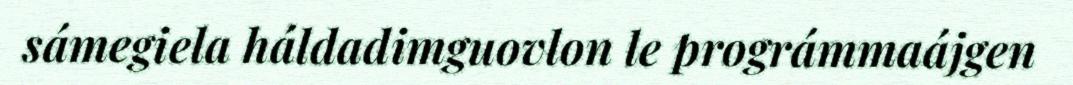
sámegiela háldadimguovlon le prográmmaájgen